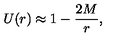
U ( r ) \approx 1 - \frac { 2 M } { r } ,